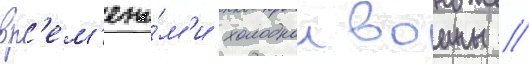
вр'ем'ена́м'и холоднои воины //